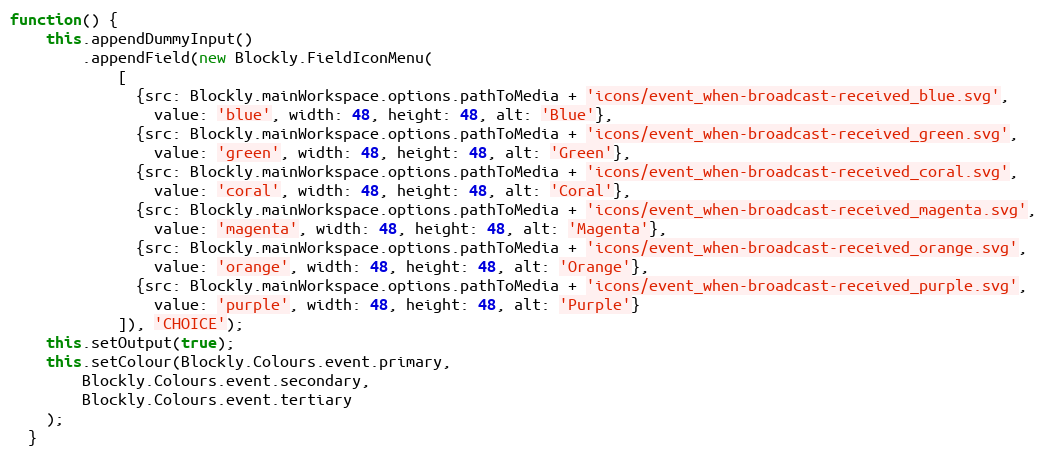
Language: JavaScript
function() {
    this.appendDummyInput()
        .appendField(new Blockly.FieldIconMenu(
            [
              {src: Blockly.mainWorkspace.options.pathToMedia + 'icons/event_when-broadcast-received_blue.svg',
                value: 'blue', width: 48, height: 48, alt: 'Blue'},
              {src: Blockly.mainWorkspace.options.pathToMedia + 'icons/event_when-broadcast-received_green.svg',
                value: 'green', width: 48, height: 48, alt: 'Green'},
              {src: Blockly.mainWorkspace.options.pathToMedia + 'icons/event_when-broadcast-received_coral.svg',
                value: 'coral', width: 48, height: 48, alt: 'Coral'},
              {src: Blockly.mainWorkspace.options.pathToMedia + 'icons/event_when-broadcast-received_magenta.svg',
                value: 'magenta', width: 48, height: 48, alt: 'Magenta'},
              {src: Blockly.mainWorkspace.options.pathToMedia + 'icons/event_when-broadcast-received_orange.svg',
                value: 'orange', width: 48, height: 48, alt: 'Orange'},
              {src: Blockly.mainWorkspace.options.pathToMedia + 'icons/event_when-broadcast-received_purple.svg',
                value: 'purple', width: 48, height: 48, alt: 'Purple'}
            ]), 'CHOICE');
    this.setOutput(true);
    this.setColour(Blockly.Colours.event.primary,
        Blockly.Colours.event.secondary,
        Blockly.Colours.event.tertiary
    );
  }